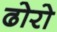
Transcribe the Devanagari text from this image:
ढोरो